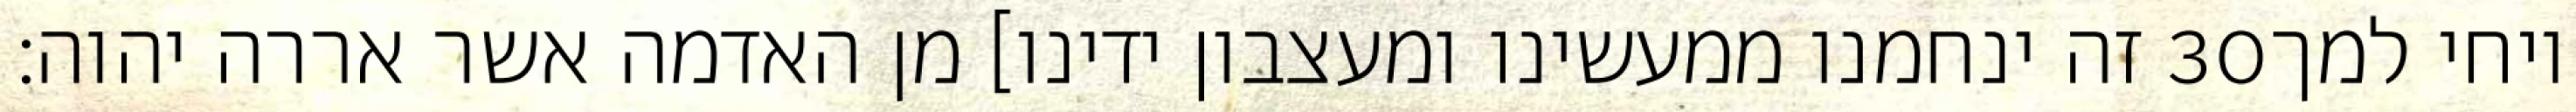
זה ינחמנו ממעשינו ומעצבון ידינו] מן האדמה אשר אררה יהוה׃ ‎30‏ ויחי למך